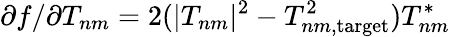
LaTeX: \partial f/\partial T_{nm}=2(|T_{nm}|^{2}-T_{nm,\mathrm{target}}^{2})T_{nm}^{*}